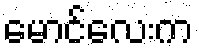
မောင်လေးက